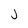
Character: J